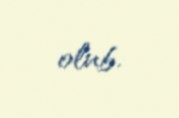
olub.